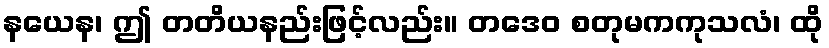
နယေန၊ ဤ တတိယနည်းဖြင့်လည်း။ တဒေဝ စတုမကကုသလံ၊ ထို